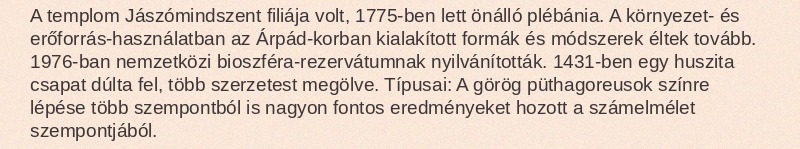
A templom Jászómindszent filiája volt, 1775-ben lett önálló plébánia. A környezet- és erőforrás-használatban az Árpád-korban kialakított formák és módszerek éltek tovább. 1976-ban nemzetközi bioszféra-rezervátumnak nyilvánították. 1431-ben egy huszita csapat dúlta fel, több szerzetest megölve. Típusai: A görög püthagoreusok színre lépése több szempontból is nagyon fontos eredményeket hozott a számelmélet szempontjából.